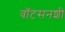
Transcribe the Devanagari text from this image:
वॉटसनशी